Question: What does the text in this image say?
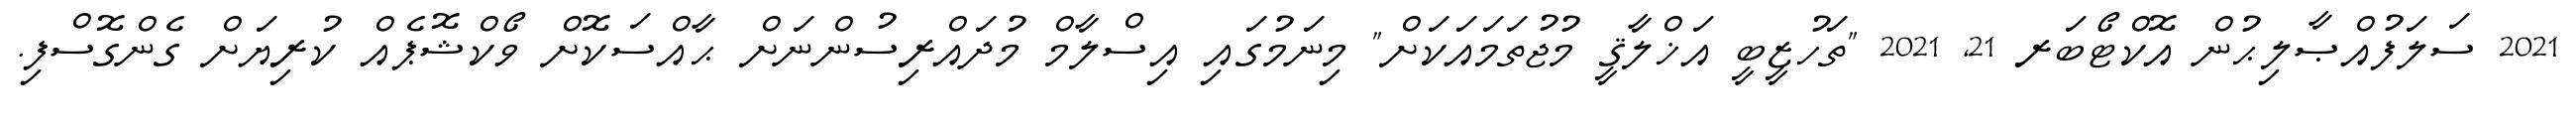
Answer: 2021 ސަލަފުއްޞާލިޙުން އޮކްޓޯބަރ 21, 2021 "ތަހުޒީބީ އަޚްލާޤީ މުޖުތަމައަކަށް" މިނަމުގައި އިސްލާމް މުދައްރިސުންނަށް ޙާއްސަކޮށް ވޯކްޝޮޕެއް ކުރިޔަށް ގެންގޮސްފި.